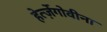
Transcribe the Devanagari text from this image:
हेर्त्ज़ेगोवीना